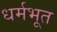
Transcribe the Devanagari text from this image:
धर्मभूत